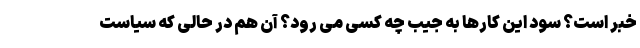
خبر است؟ سود این کارها به جیب چه کسی می رود؟ آن هم در حالی که سیاست